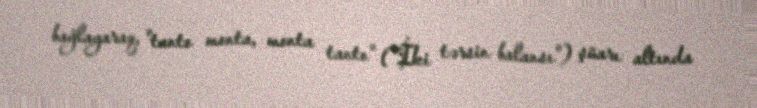
bağlayaraq, "tanto monta, monta tanto" ("İki tərsin balansı") şüarı altında